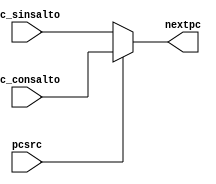
module Mux2(
	input [63:0] pc_sinsalto,
	input [63:0] pc_consalto,
	input pcsrc,
	output reg [63:0] nextpc
	);

	assign nextpc = pcsrc ? pc_consalto : pc_sinsalto;

endmodule